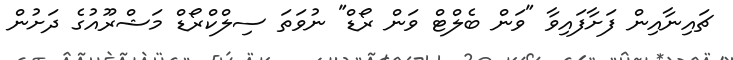
ޗައިނާއިން ފަށާފައިވާ "ވަން ބެލްޓް ވަން ރޯޑް" ނުވަތަ ސިލްކްރޯޑް މަޝްރޫއުގެ ދަށުން